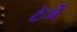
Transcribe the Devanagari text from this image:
टेर्जे